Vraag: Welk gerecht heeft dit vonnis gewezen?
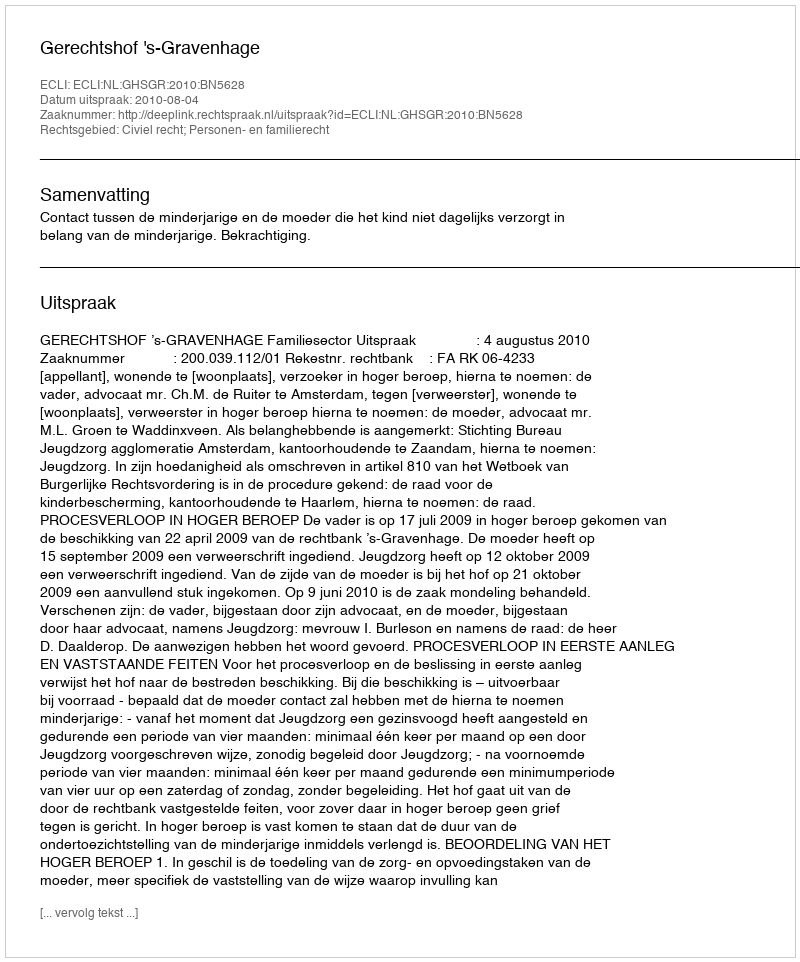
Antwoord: Gerechtshof 's-Gravenhage